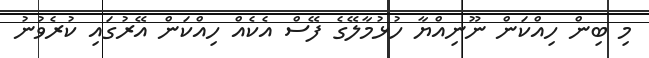
މި ބިން ހިއްކަން ނޫނިއްޔާ ހުޅުމާލޭގެ ފޭސް އެކެއް ހިއްކަން އޭރުގައި ކުރެވުނު